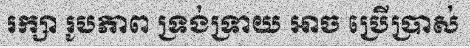
រក្សា រូបភាព ទ្រង់ទ្រាយ អាច ប្រើប្រាស់